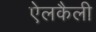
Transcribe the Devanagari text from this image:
ऐलकैली